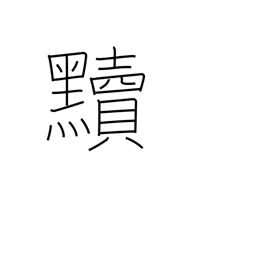
Meaning: make dirty